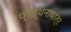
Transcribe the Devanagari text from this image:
प्रार्थनापात्र